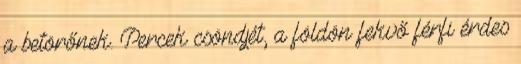
a betörőnek. Percek csöndjét, a földön fekvő férfi érdes